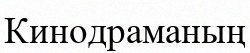
Кинодраманың